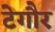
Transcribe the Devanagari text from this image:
टेगौर